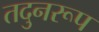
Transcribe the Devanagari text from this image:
तदुनरूप